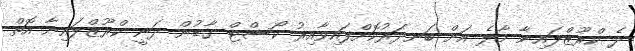
ދެ ކްރޫޒްލައިނާ މާލެ އަށް ބަނދަރުކޮށްފައިވާއިރު ކޯސްޓް ގާޑުން ދަނީ ކްރޫޒްލައިނާ އޮތް